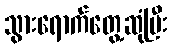
သွားရောက်တွေ့ဆုံပြီး